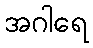
အဂါရေ